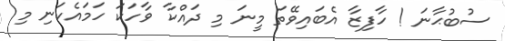
ސުބުޙާނަ ! ހާފިޒާ އެބައިވޭތަ މީނަ މި ދައްކާ ވާހަކަ ހަމައެކަނި މި